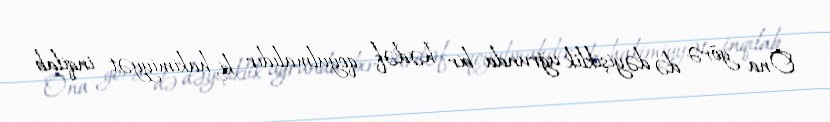
Ona görə də dəyişiklik uğrunda bir hədəf qoyulmalıdır ki, hakimiyyət inqilab